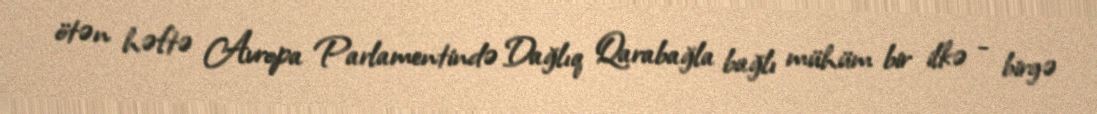
ötən həftə Avropa Parlamentində Dağlıq Qarabağla bağlı mühüm bir ilkə - birgə